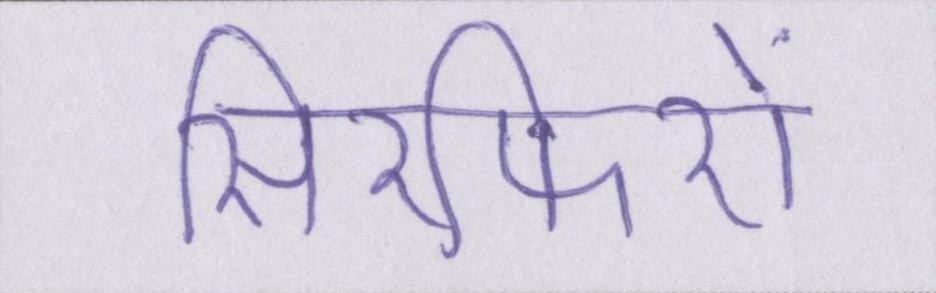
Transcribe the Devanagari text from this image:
सिरफिरों